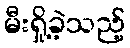
မီးရှို့ခဲ့သည့်